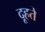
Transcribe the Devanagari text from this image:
दूहते